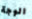
الوجة